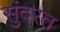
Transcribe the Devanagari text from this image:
सुंदरत